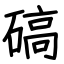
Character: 碻